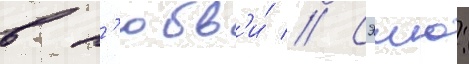
в л'юбв'и́ // Сэию: